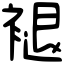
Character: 褪